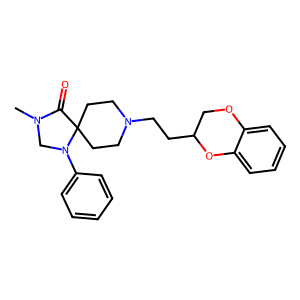
SMILES: CN1CN(c2ccccc2)C2(CCN(CCC3COc4ccccc4O3)CC2)C1=O
Inhibits HIV replication: No